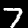
Digit: 7